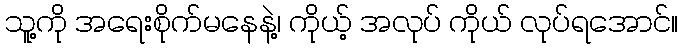
သူ့ကို အရေးစိုက်မနေနဲ့၊ ကိုယ့် အလုပ် ကိုယ် လုပ်ရအောင်။